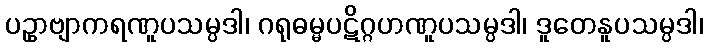
ပဥှာဗျာကရဏူပသမ္ပဒါ၊ ဂရုဓမ္မပဋိဂ္ဂဟဏူပသမ္ပဒါ၊ ဒူတေနူပသမ္ပဒါ၊